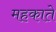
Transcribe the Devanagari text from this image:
महकाते